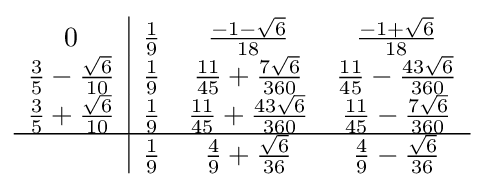
{\begin{array}{c|ccc}0&{\frac {1}{9}}&{\frac {-1-{\sqrt {6}}}{18}}&{\frac {-1+{\sqrt {6}}}{18}}\\{\frac {3}{5}}-{\frac {\sqrt {6}}{10}}&{\frac {1}{9}}&{\frac {11}{45}}+{\frac {7{\sqrt {6}}}{360}}&{\frac {11}{45}}-{\frac {43{\sqrt {6}}}{360}}\\{\frac {3}{5}}+{\frac {\sqrt {6}}{10}}&{\frac {1}{9}}&{\frac {11}{45}}+{\frac {43{\sqrt {6}}}{360}}&{\frac {11}{45}}-{\frac {7{\sqrt {6}}}{360}}\\\hline &{\frac {1}{9}}&{\frac {4}{9}}+{\frac {\sqrt {6}}{36}}&{\frac {4}{9}}-{\frac {\sqrt {6}}{36}}\\\end{array}}